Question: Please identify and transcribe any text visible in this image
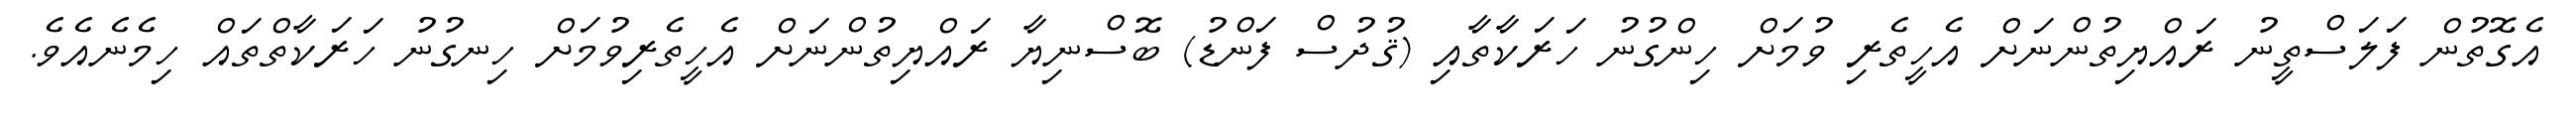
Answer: އެގޮތުން ފަލަސްތީނު ރައްޔިތުންނަށް އެހީތެރި ވުމަށް ހިންގުނު ހަރަކާތާއި (ޤުދުސް ފަންޑު) ބޮސްނިޔާ ރައްޔިތުންނަށް އެހީތެރިވުމަށް ހިނގުނު ހަރަކާތްތައް ހިމެނެއެވެ.